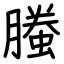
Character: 螣